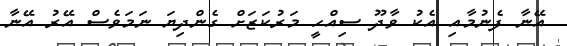
އޭނާ ފެނުމާއި އެކު ވާދޫ ސިއްހީ މަރުކަޒަށް ގެންދިޔަ ނަމަވެސް އޭރު އޭނާ